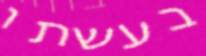
בעשתו